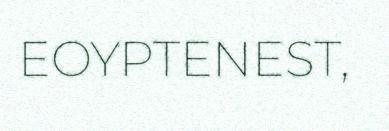
EOYPTENEST,